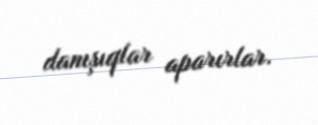
danışıqlar aparırlar.